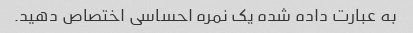
به عبارت داده شده یک نمره احساسی اختصاص دهید.